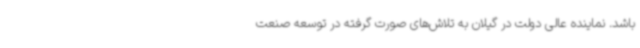
باشد. نماینده عالی دولت در گیلان به تلاش‌های صورت گرفته در توسعه صنعت